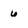
Character: 6